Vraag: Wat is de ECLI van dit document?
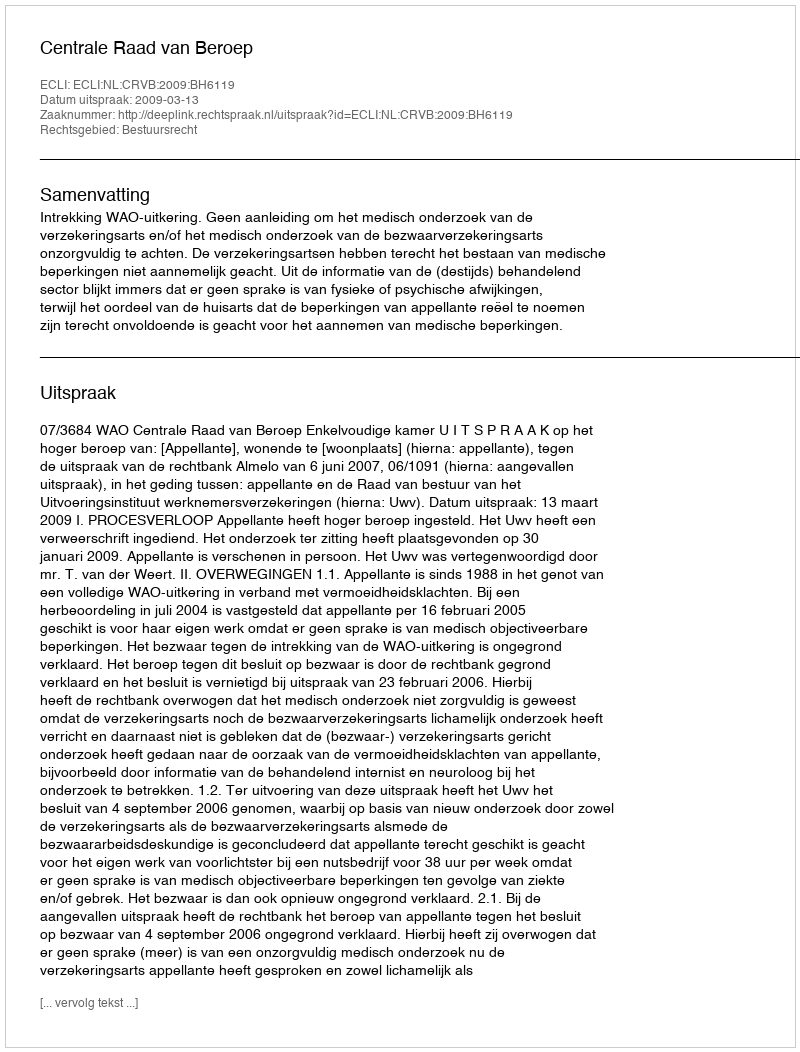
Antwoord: ECLI:NL:CRVB:2009:BH6119